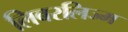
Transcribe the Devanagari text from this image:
लिबरलिज्म